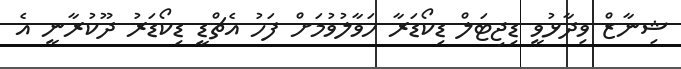
ޝިނާޒް ވިދާޅުވީ ޑިޖިޓަލް ޑިކޯޑަރާ ހަވާލުވުމަށް ފަހު އެޗްޑީ ޑިކޯޑަރު ދޫކުރާނީ އެ